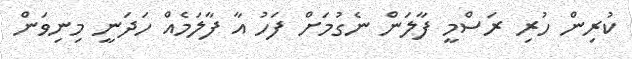
ކުރިން ހުރި ރަސްމީ ފާލަން ނެގުމަށް ފަހު އާ ފާލަމެއް ހަދަނީ މިނިވަން